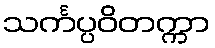
သင်္ကပ္ပဝိတက္ကာ